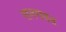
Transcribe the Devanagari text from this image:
रानगवत